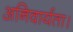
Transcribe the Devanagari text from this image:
अनिवार्यता।